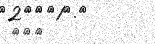
١٧٢